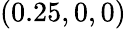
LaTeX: (0.25,0,0)